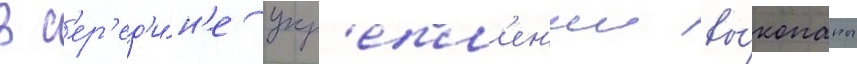
В с'ер'ед'и́н'е укр'епл'ен'ии вы́копаны